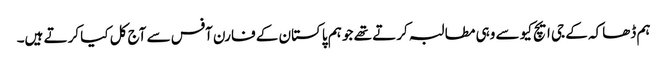
ہم ڈھاکہ کے جی ایچ کیو سے وہی مطالبہ کرتے تھے جو ہم پاکستان کے فارن آفس سے آج کل کیا کرتے ہیں۔